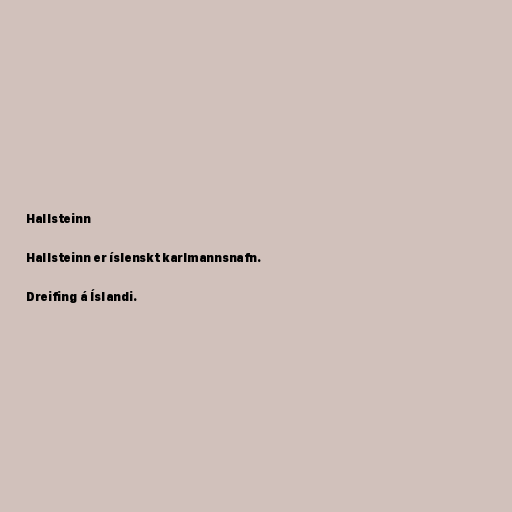
Hallsteinn

Hallsteinn er íslenskt karlmannsnafn.

Dreifing á Íslandi.